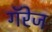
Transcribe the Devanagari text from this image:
गॅरेज